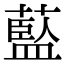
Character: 𦾐